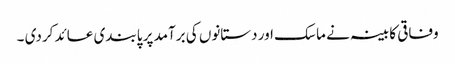
وفاقی کابینہ نے ماسک اور دستانوں کی برآمد پر پابندی عائد کردی ۔